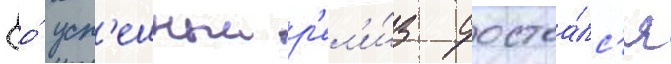
Ео́ усп'ешныи р'ел'и́з состоа́лс'я